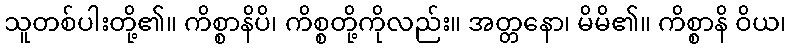
သူတစ်ပါးတို့၏။ ကိစ္စာနိပိ၊ ကိစ္စတို့ကိုလည်း။ အတ္တနော၊ မိမိ၏။ ကိစ္စာနိ ဝိယ၊